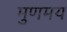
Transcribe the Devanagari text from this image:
मुणमय